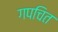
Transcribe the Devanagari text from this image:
गपचित